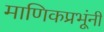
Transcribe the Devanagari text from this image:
माणिकप्रभूंनी